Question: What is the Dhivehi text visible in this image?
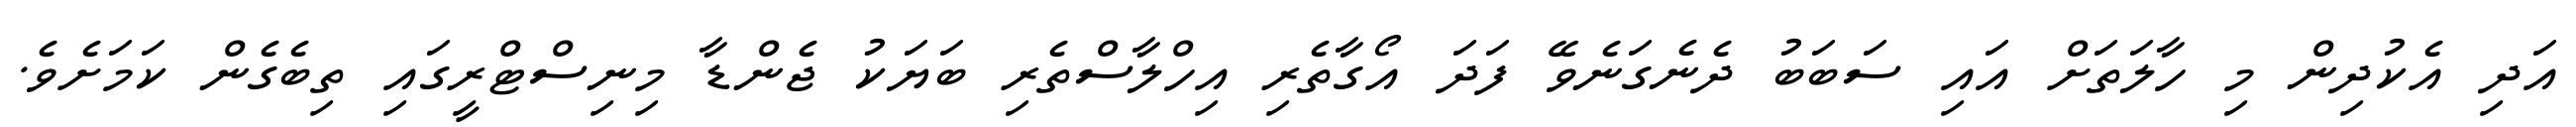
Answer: އަދި އެކުދިން މި ހާލަތަށް އައި ސަބަބު ދެނެގަނެވޭ ފަދަ އޯގާތެރި އިހްލާސްތެރި ބަޔަކު ޖެންޑާ މިނިސްޓްރީގައި ތިބެގެން ކަމަށެވެ.